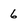
Character: 6